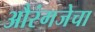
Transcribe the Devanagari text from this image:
औरंगजेचा